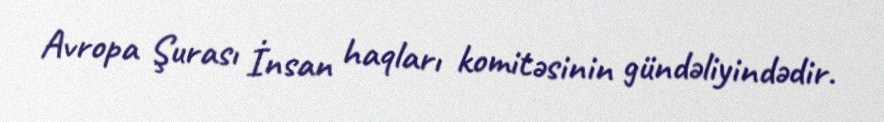
Avropa Şurası İnsan haqları komitəsinin gündəliyindədir.